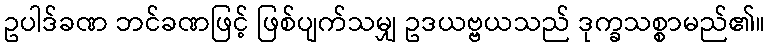
ဥပါဒ်ခဏ ဘင်ခဏဖြင့် ဖြစ်ပျက်သမျှ ဥဒယဗ္ဗယသည် ဒုက္ခသစ္စာမည်၏။